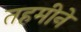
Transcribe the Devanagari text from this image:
तहमीने